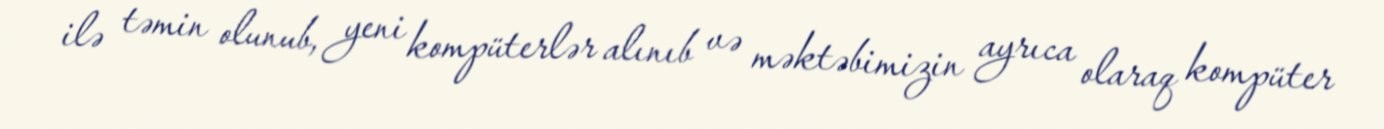
ilə təmin olunub, yeni kompüterlər alınıb və məktəbimizin ayrıca olaraq kompüter